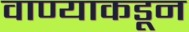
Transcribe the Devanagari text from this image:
वाण्याकडून